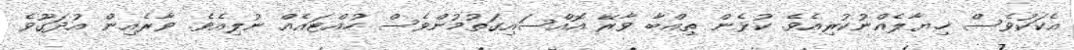
އެކަކުވެސް ޚިޔާލެއްނުކުރިއެވެ. ކުޅެން ތިއްބާ ވާރޭ އޮއްސައިގަތުމުންވެސް ހުއްޓައެއް ނުލިއެވެ. ވާރެއިން އުދަގޫވެ